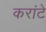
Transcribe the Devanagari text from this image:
करांटे